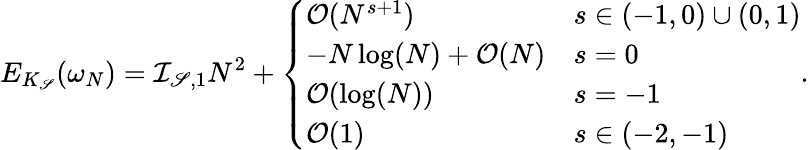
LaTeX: E_{K_{\mathscr{S}}}(\omega_{N})=\mathcal{{I}}_{\mathscr{S},1}N^{2}+\left\{ \begin{array}{ll}{\mathcal{O}(N^{s+1})}&{s\in(-1,0)\cup(0,1)}\\ {-N\log(N)+\mathcal{O}(N)}&{s=0}\\ {\mathcal{O}(\log(N))}&{s=-1}\\ {\mathcal{O}(1)}&{s\in(-2,-1)}\end{array}\right..